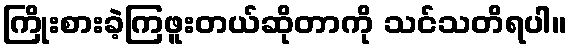
ကြိုးစားခဲ့ကြဖူးတယ်ဆိုတာကို သင်သတိရပါ။